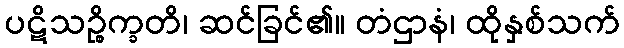
ပဋိသဉ္စိက္ခတိ၊ ဆင်ခြင်၏။ တံဌာနံ၊ ထိုနှစ်သက်